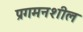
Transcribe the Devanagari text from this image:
प्रगमनशील